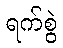
ရက်စွဲ